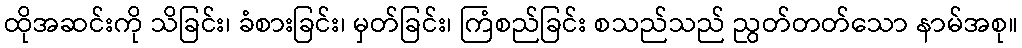
ထိုအဆင်းကို သိခြင်း၊ ခံစားခြင်း၊ မှတ်ခြင်း၊ ကြံစည်ခြင်း စသည်သည် ညွတ်တတ်သော နာမ်အစု။